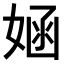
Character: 𫱂